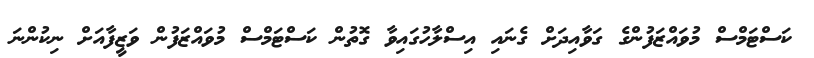
ކަސްޓަމްސް މުވައްޒަފުންގެ ގަވާއިދަށް ގެނައި އިސްލާހުގައިވާ ގޮތުން ކަސްޓަމްސް މުވައްޒަފުން ވަޒީފާއަށް ނިކުންނަ